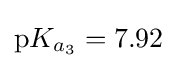
\mathrm {p} K_{a_{3}}=7.92